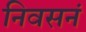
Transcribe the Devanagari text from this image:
निवसनं